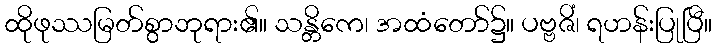
ထိုဖုဿမြတ်စွာဘုရား၏။ သန္တိကေ၊ အထံတော်၌။ ပဗ္ဗဇိံ၊ ရဟန်းပြုပြီ။